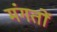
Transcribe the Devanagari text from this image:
मंगतों